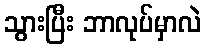
သွားပြီး ဘာလုပ်မှာလဲ